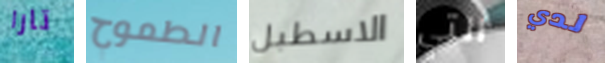
تارا الطموح الاسطبل التي لدي